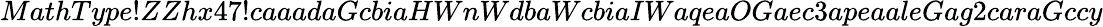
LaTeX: MathType!ZZhx47!caaadaGcbiaHWnWdbaWcbiaIWaqeaOGaec3apeaaleGag2caraGccy